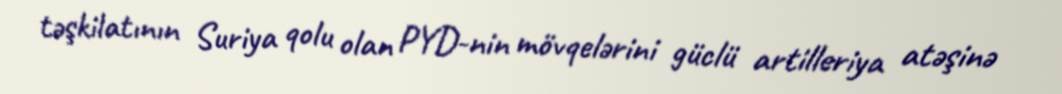
təşkilatının Suriya qolu olan PYD-nin mövqelərini güclü artilleriya atəşinə